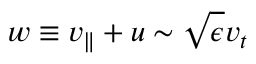
w \equiv v _ { \parallel } + u \sim \sqrt { \epsilon } v _ { t }